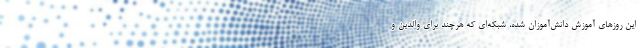
این روزهای آموزش دانش‌آموزان شده، شبکه‌ای که هرچند برای والدین و